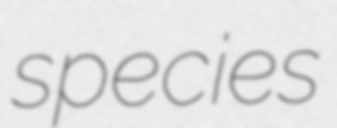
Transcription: species